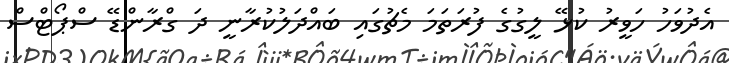
އެދުވަހު ހަވީރު ކުޅޭ ލީގުގެ ފުރަތަމަ މެޗުގައި ބައްދަލުކުރާނީ ދަ ގްރާންޑޭ ސްޕޯޓްސް